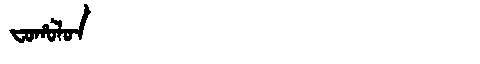
Manchu: ᠸᠣᡥᠣᠯᠣᠨ
Romanization: FOHOLON